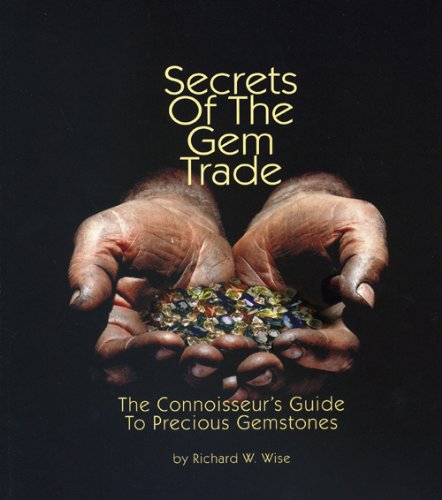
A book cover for Secrets of the Gem Trade: The connoisseur's Guide to Precious Gemstones; Richard W. Wise; Science & Math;